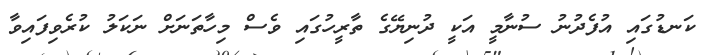
ކަނޑުގައި އުފެދުނު ސުނާމީ އަކީ ދުނިޔޭގެ ތާރީހުގައި ވެސް މިހާތަނަށް ނަކަލު ކުރެވިފައިވާ